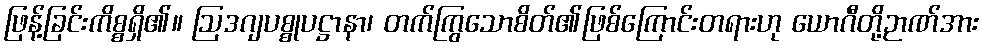
ဖြန့်ခြင်းကိစ္စရှိ၏။ ဩဒဂျပစ္စုပဋ္ဌာနာ၊ တက်ကြွသောစိတ်၏ဖြစ်ကြောင်းတရားဟု ယောဂီတို့ဉာဏ်အား